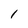
Character: 1